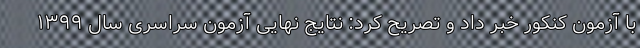
با آزمون کنکور خبر داد و تصریح کرد: نتایج نهایی آزمون سراسری سال ۱۳۹۹